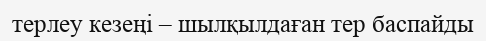
терлеу кезеңі – шылқылдаған тер баспайды